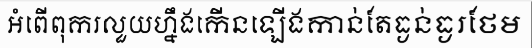
អំពើពុករលួយហ្នឹងកើនឡើងកាន់តែធ្ងន់ធ្ងរថែម